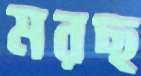
মরছ